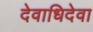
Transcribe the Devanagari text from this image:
देवाधिदेवा